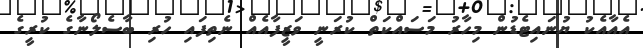
އެއާއެކު ޔުނައިޓެޑުން މިހާރު މަސައްކަތް ކުރަނީ ވަޒީފާއެއް ނެތިފައި ހުރި ބާސެލޯނާގެ ކުރީގެ